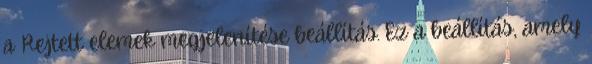
a Rejtett elemek megjelenítése beállítás. Ez a beállítás, amely